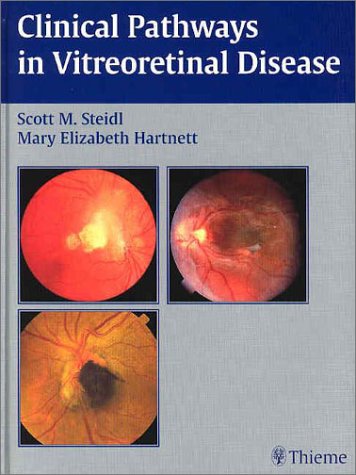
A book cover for Clinical Pathways In Vitreoretinal Disease; Medical Books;